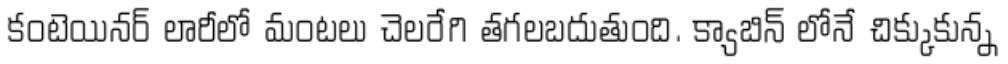
కంటెయినర్ లారీలో మంటలు చెలరేగి తగలబదుతుంది. క్యాబిన్ లోనే చిక్కుకున్న